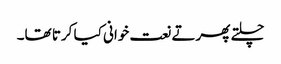
چلتے پھرتے نعت خوانی کیا کرتا تھا۔